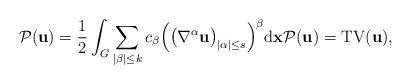
LaTeX: \begin{align*}\mathcal{P}(\mathbf{u}) = \frac{1}{2} \int_{G} \sum_{|\beta| \leq k} c_{\beta}\Big(\big(\nabla^{\alpha} \mathbf{u}\big)_{|\alpha| \leq s}\Big)^{\beta} \mathrm{d}\mathbf{x} \mathcal{P}(\mathbf{u}) = \mathrm{TV}(\mathbf{u}), \end{align*}